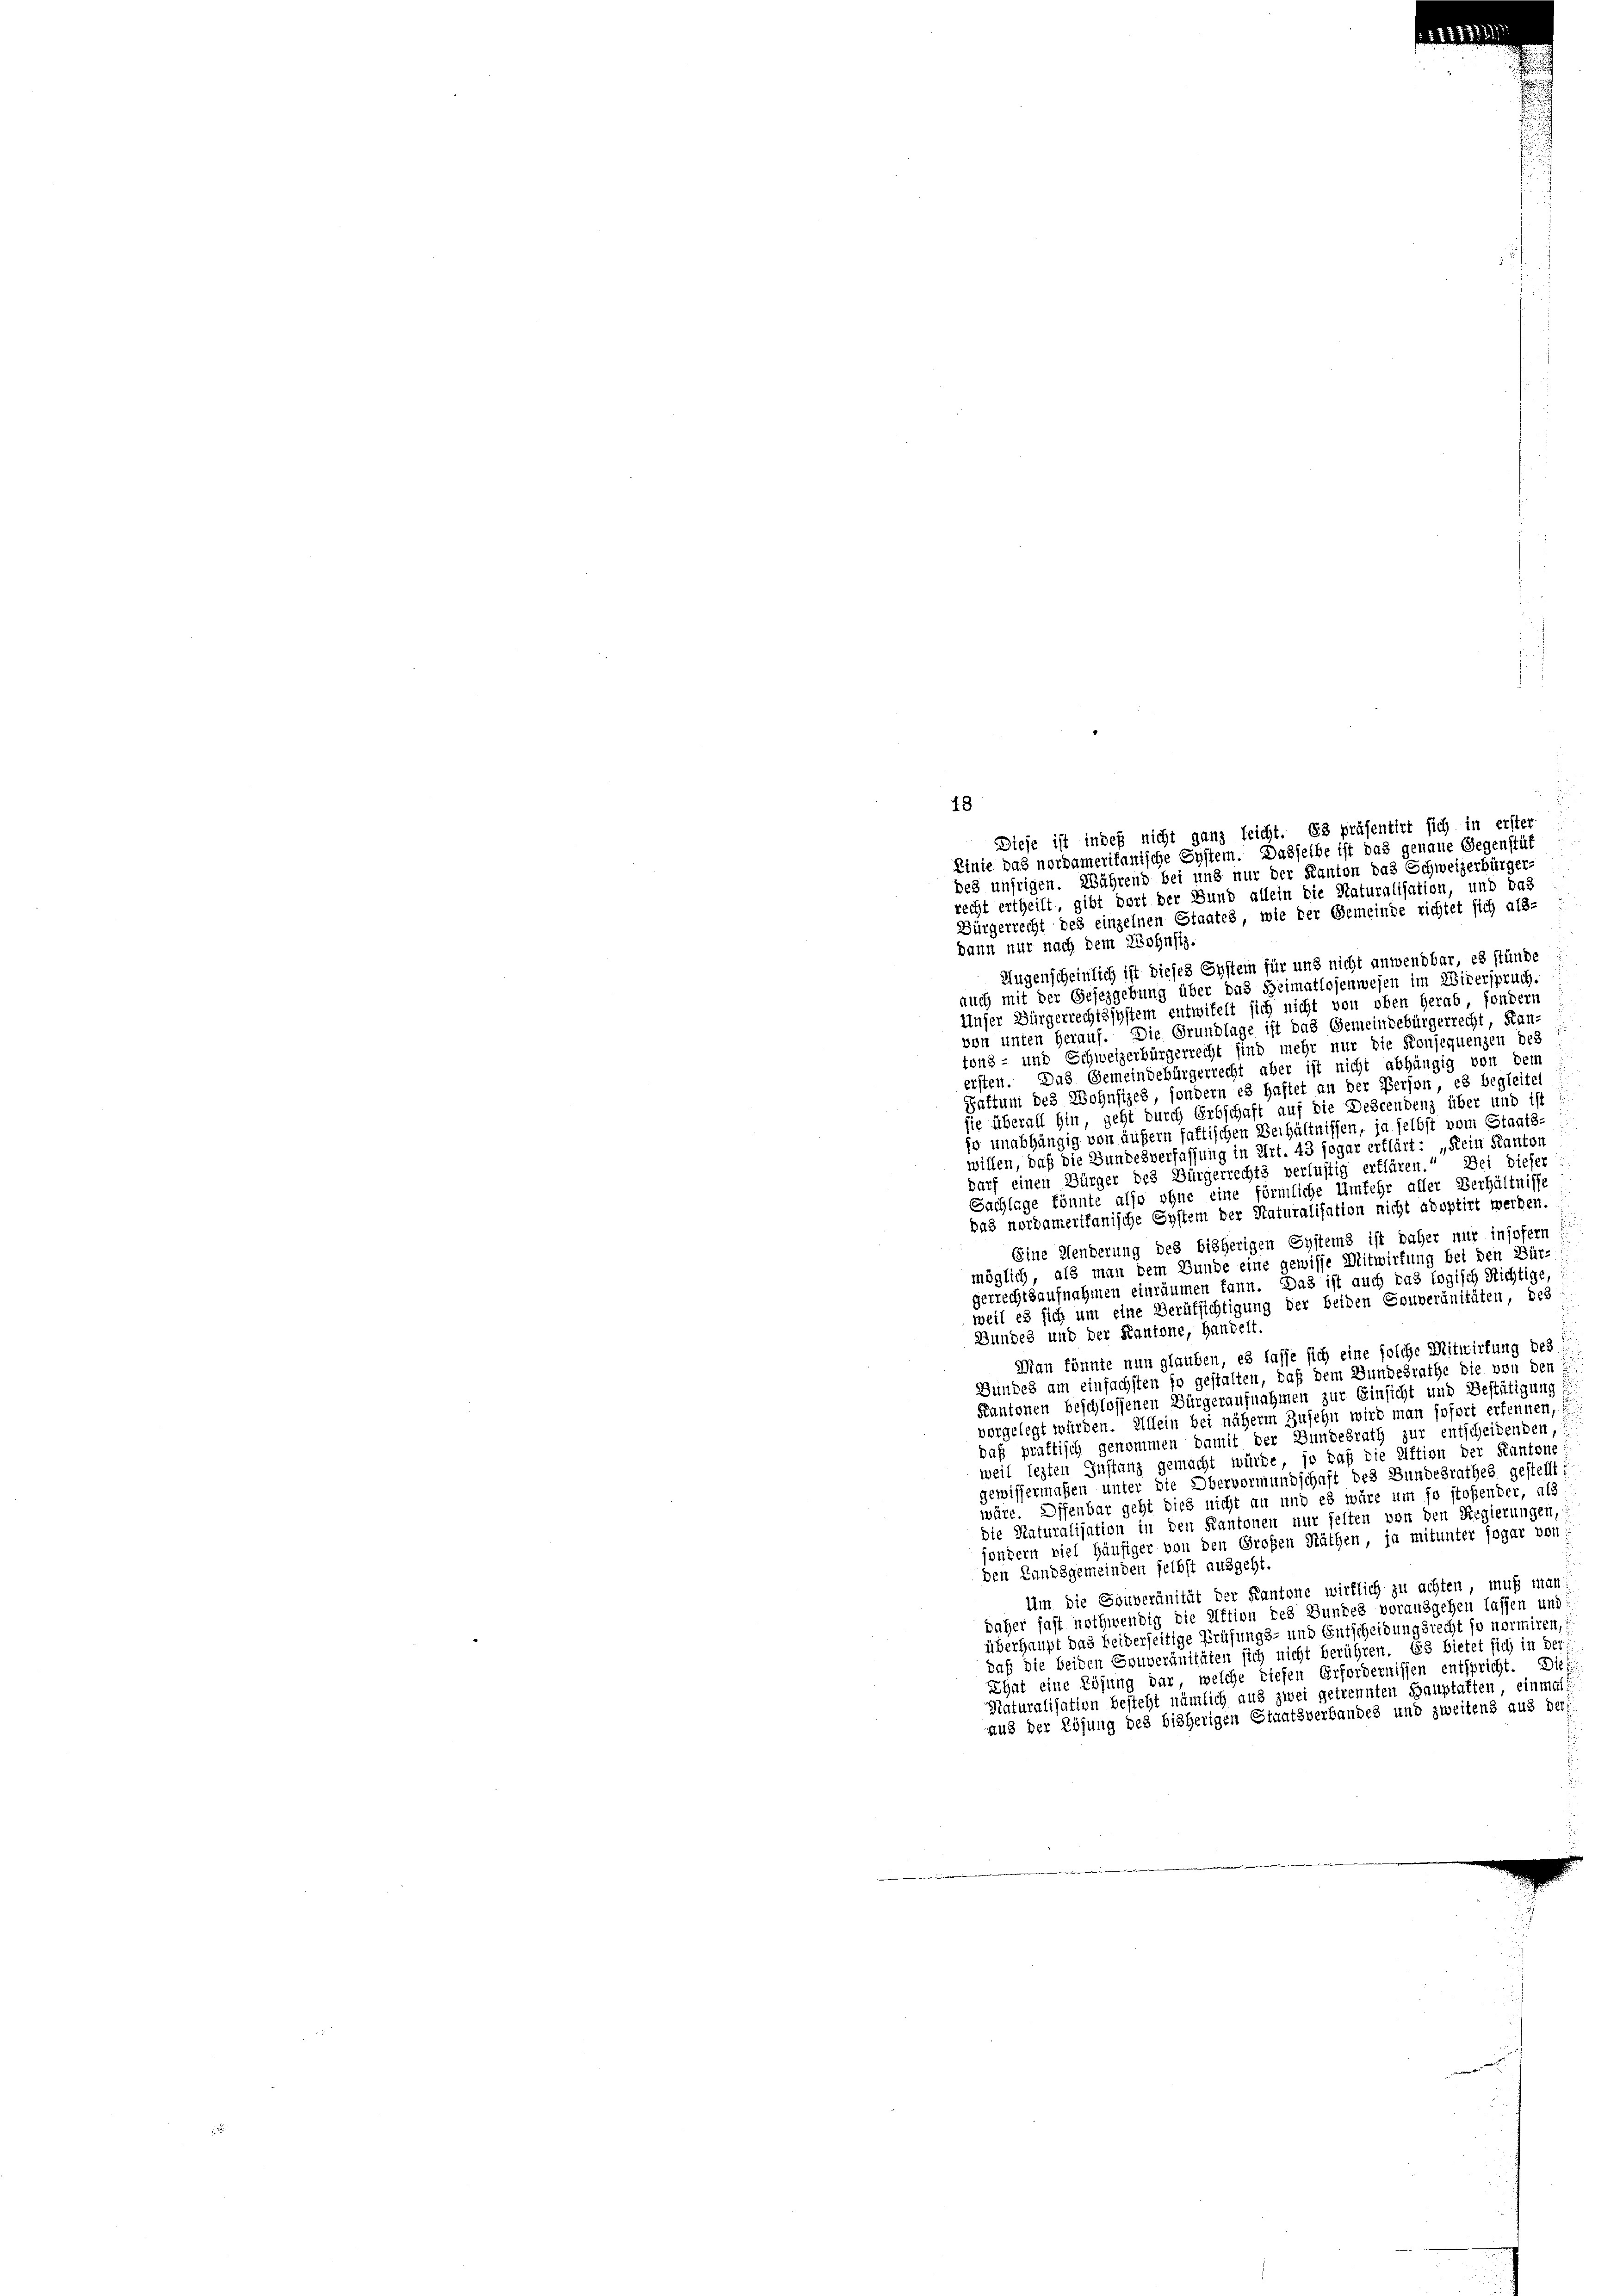
dann nur nach dem Wohnsiz.
Augenscheinlich ist dieses System für und nicht anwendbar, es stünde
auch mit der Gesezgebung über das Heimatlosenwesen im Widerspruch,
Unser Bürgerrechtssystem entwifelt sich nicht von oben herab, sondern
von unten herauf. Die Grundlage ist das Gemeindebürgerrecht, Kan-
tons- und Schweizerbürgerrecht sind mehr nur die Konsequenzen des
ersten. Das Gemeindebürgerrecht aber ist nicht abhängig von dem
Gattum des Wohnsizes sondern es haftet an der Person, es begleitel
sie überall hin geht durch Erbschaft auf die Descendenz über und ist
jo unabhängig von äußern fattischen Verhältnissen, ja selbst vom Staats-
willen, daß die Bundesverfassung in Art. 43 sogar erklärt: „Kein Kanton
darf einen Bürger des Bürgerrechts verlustig erklären.“ Bei dieser
Sachlage könnte also ohne eine förmliche Umfehr aller Verhältnisse
das nordameritanische System der Staturalisation nicht adoptirt werden.
Eine Menderung des bisherigen Systems ist daher nur insofern
möglich, als man dem Bunde eine gewisse Mitwirtung bei den Bür-
gerrechtsaufnahmen einräumen kann. Das ist auch das logisch Richtige,
weil es sich um eine Verüfsichtigung der beiden Souveränitäten, des
E
Bundes und der Kantone, handelt.
Man könnte nun glauben, es lasse sich eine solche Mitwirtung des
Bundes am einfachsten so gestalten, daß dem Bundesrathe die von den :
Kantonen beschlossenen Bürgeraufnahmen zur Einsicht und Bestätigung
vorgelegt würden. Allein bei näherm Zusehn wird man sofort erkennen, f
daß prattisch genommen damit der Bundesrath zur entscheidenden,
weil lezten Instanz gemacht würde, so daß die Aftion der Kantone:
gewissermaßen unter die Obervormundschaft des Bundesrathes gestellt?
wäre. Offenbar geht dies nicht an und es wäre um so stoßender, als
die Naturalisation in den Kantonen nur selten von den Regierungen,
sondern viel Häufiger von den Großen Räthen, ja mitunter sogar von
.
den Landsgemeinden selbst ausgeht.
Um die Souveränität der Kantone wirklich zu achten muß man
daher fast nothwendig die Attion des Bundes vorausgehen lassen und:
überhaupt das beiderseitige Prüfungs- und Entscheidungsrecht so normiren,
daß die beiden Souveränitäten sich nicht berühren. Es bietet sich in der
That eine Lösung dar, welche diesen Erfordernissen entspricht. Dies
Naturalisation besteht nämlich aus zwei getrennten Hauptaften, einmal
aus der Lösung des bisherigen Staatsverbandes und zweitens aus der

48
Dieje ist indeß nicht ganz leicht. Es präsentirt sich in erster
Pinie das nordamerikanische System. Dasselbe ist das genaue Gegenstüt
bes unsrigen. Während bei und nur der Kanton das Schweizerbürger-
recht ertheilt, gibt dort der Bund allein die Naturalisation, und das
Bürgerrecht des einzelnen Staates, wie der Gemeinde richtet sich als-